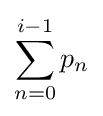
\sum _{n=0}^{i-1}p_{n}